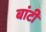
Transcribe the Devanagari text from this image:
बांटीं